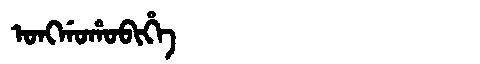
Manchu: ᠣᠩᡤᠣᡥᠣᠪᡳᡥᡝ
Romanization: ONGGOHOBIHE